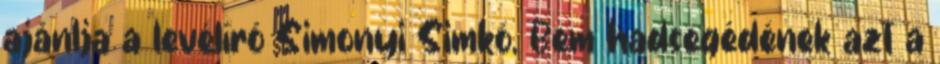
ajánlja a levélíró Simonyi Simkó, Bem hadsegédének azt a